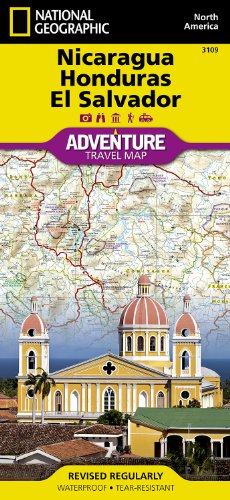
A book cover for Nicaragua, Honduras, and El Salvador (National Geographic Adventure Map); National Geographic Maps - Adventure; Travel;